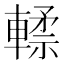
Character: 𰹢